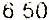
6.50